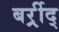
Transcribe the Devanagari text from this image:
बर्र्र्रीद्